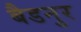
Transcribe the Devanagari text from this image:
बैडनुर